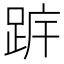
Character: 𨀠